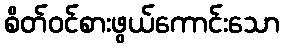
စိတ်ဝင်စားဖွယ်ကောင်းသော